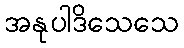
အနုပါဒိသေသေ